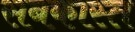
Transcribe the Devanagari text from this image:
सबकास्त